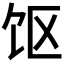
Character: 𱃲